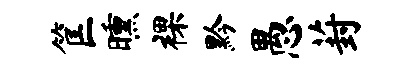
筐曛裸黔愚葑